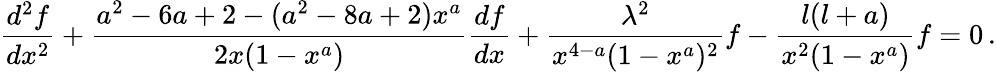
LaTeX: \frac{d^{2}f}{dx^{2}}+\frac{a^{2}-6a+2-(a^{2}-8a+2)x^{a}}{2x(1-x^{a})}\frac{df}{dx}+\frac{\lambda^{2}}{x^{4-a}(1-x^{a})^{2}}f-\frac{l(l+a)}{x^{2}(1-x^{a})}f=0\, .